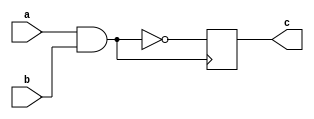
module nand_gate_delay (
    input wire a,
    input wire b,
    output reg c
);

reg internal_delay;

always @ (a or b)
begin
    internal_delay <= a & b;
end

always @ (posedge internal_delay)
begin
    c <= #10 ~ (a & b);
end

endmodule